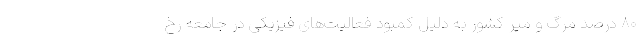
۸۰ درصد مرگ و میر کشور به دلیل کمبود فعالیت‌های فیزیکی در جامعه رخ